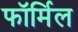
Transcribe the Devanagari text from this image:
फॉर्मिल